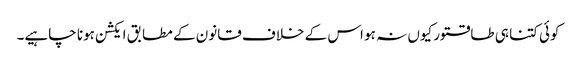
کوئی کتنا ہی طاقتور کیوں نہ ہو اس کے خلاف قانون کے مطابق ایکشن ہونا چاہیے۔